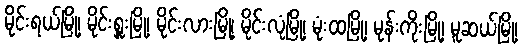
မိုင်းရယ်မြို့၊ မိုင်းရှူးမြို့၊ မိုင်းလားမြို့၊ မိုင်းလုံမြို့၊ မုံးထမြို့၊ မုန်းကိုးမြို့၊ မူဆယ်မြို့၊